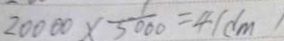
2 0 0 0 0 \times \frac { 1 } { 5 0 0 0 } = 4 ( d m )